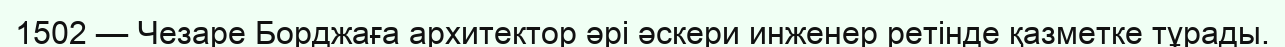
1502 — Чезаре Борджаға архитектор әрі әскери инженер ретінде қазметке тұрады.